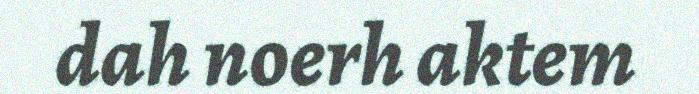
dah noerh aktem